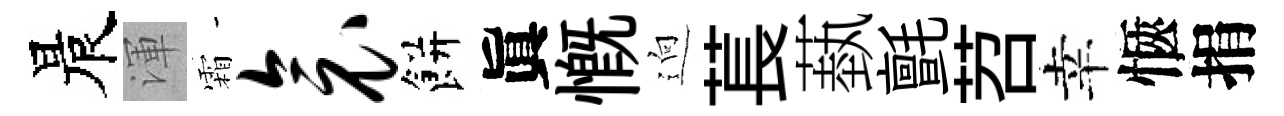
晨渾霜衾餅眞慨逈萇蓺氈苕幸愜捐